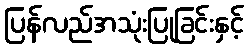
ပြန်လည်အသုံးပြုခြင်းနှင့်